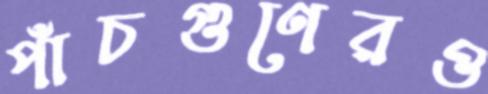
পাঁচগুণেরও